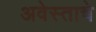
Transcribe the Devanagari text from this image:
अवेस्ताचे